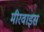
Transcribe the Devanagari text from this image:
मीरवाइस